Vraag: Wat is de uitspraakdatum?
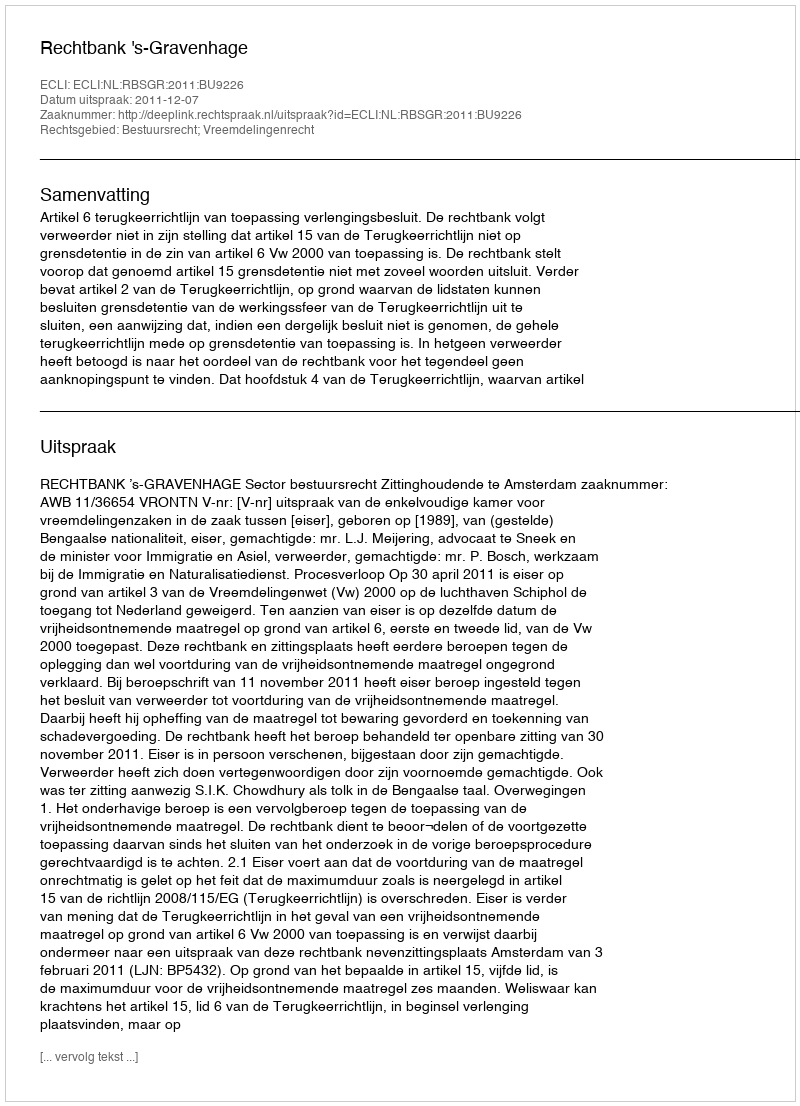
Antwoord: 2011-12-07